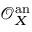
{ \mathcal { O } } _ { X } ^ { \mathrm { a n } }